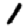
Digit: 1